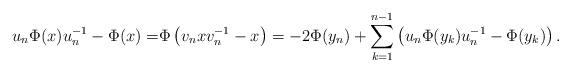
LaTeX: \begin{align*}u_n \Phi(x) u_n^{-1} - \Phi (x) = & \Phi\left(v_n x v_n^{-1}-x\right)=-2\Phi(y_n) + \sum\limits_{k=1}^{n-1} \left(u_n \Phi(y_k) u_n^{-1}- \Phi(y_k)\right).\end{align*}